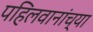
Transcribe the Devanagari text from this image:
पहिलवानांच्या